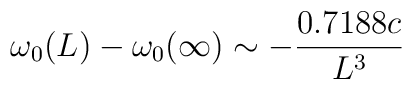
\omega_0 (L) - \omega_0 (\infty ) \sim - {0.7188 c\over L^3}